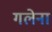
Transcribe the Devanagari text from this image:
गलेना